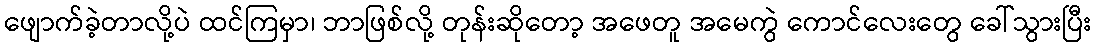
ဖျောက်ခဲ့တာလို့ပဲ ထင်ကြမှာ၊ ဘာဖြစ်လို့ တုန်းဆိုတော့ အဖေတူ အမေကွဲ ကောင်လေးတွေ ခေါ်သွားပြီး